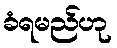
ခံရမည်ဟု